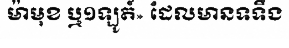
ម៉ាមុខ ឬ១ឡូត៍» ដែលមានទទឹង